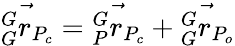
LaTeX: \vec{{}_{G}^{G}r_{P_{c}}}=\vec{{}_{P}^{G}r_{P_{c}}}+\vec{{}_{G}^{G}r_{P_{o}}}